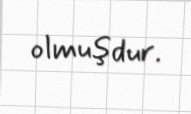
olmuşdur.